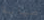
صيانة